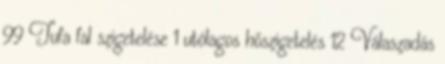
99 Tufa fal szigetelése 1 utólagos hőszigetelés 12 Válaszadás